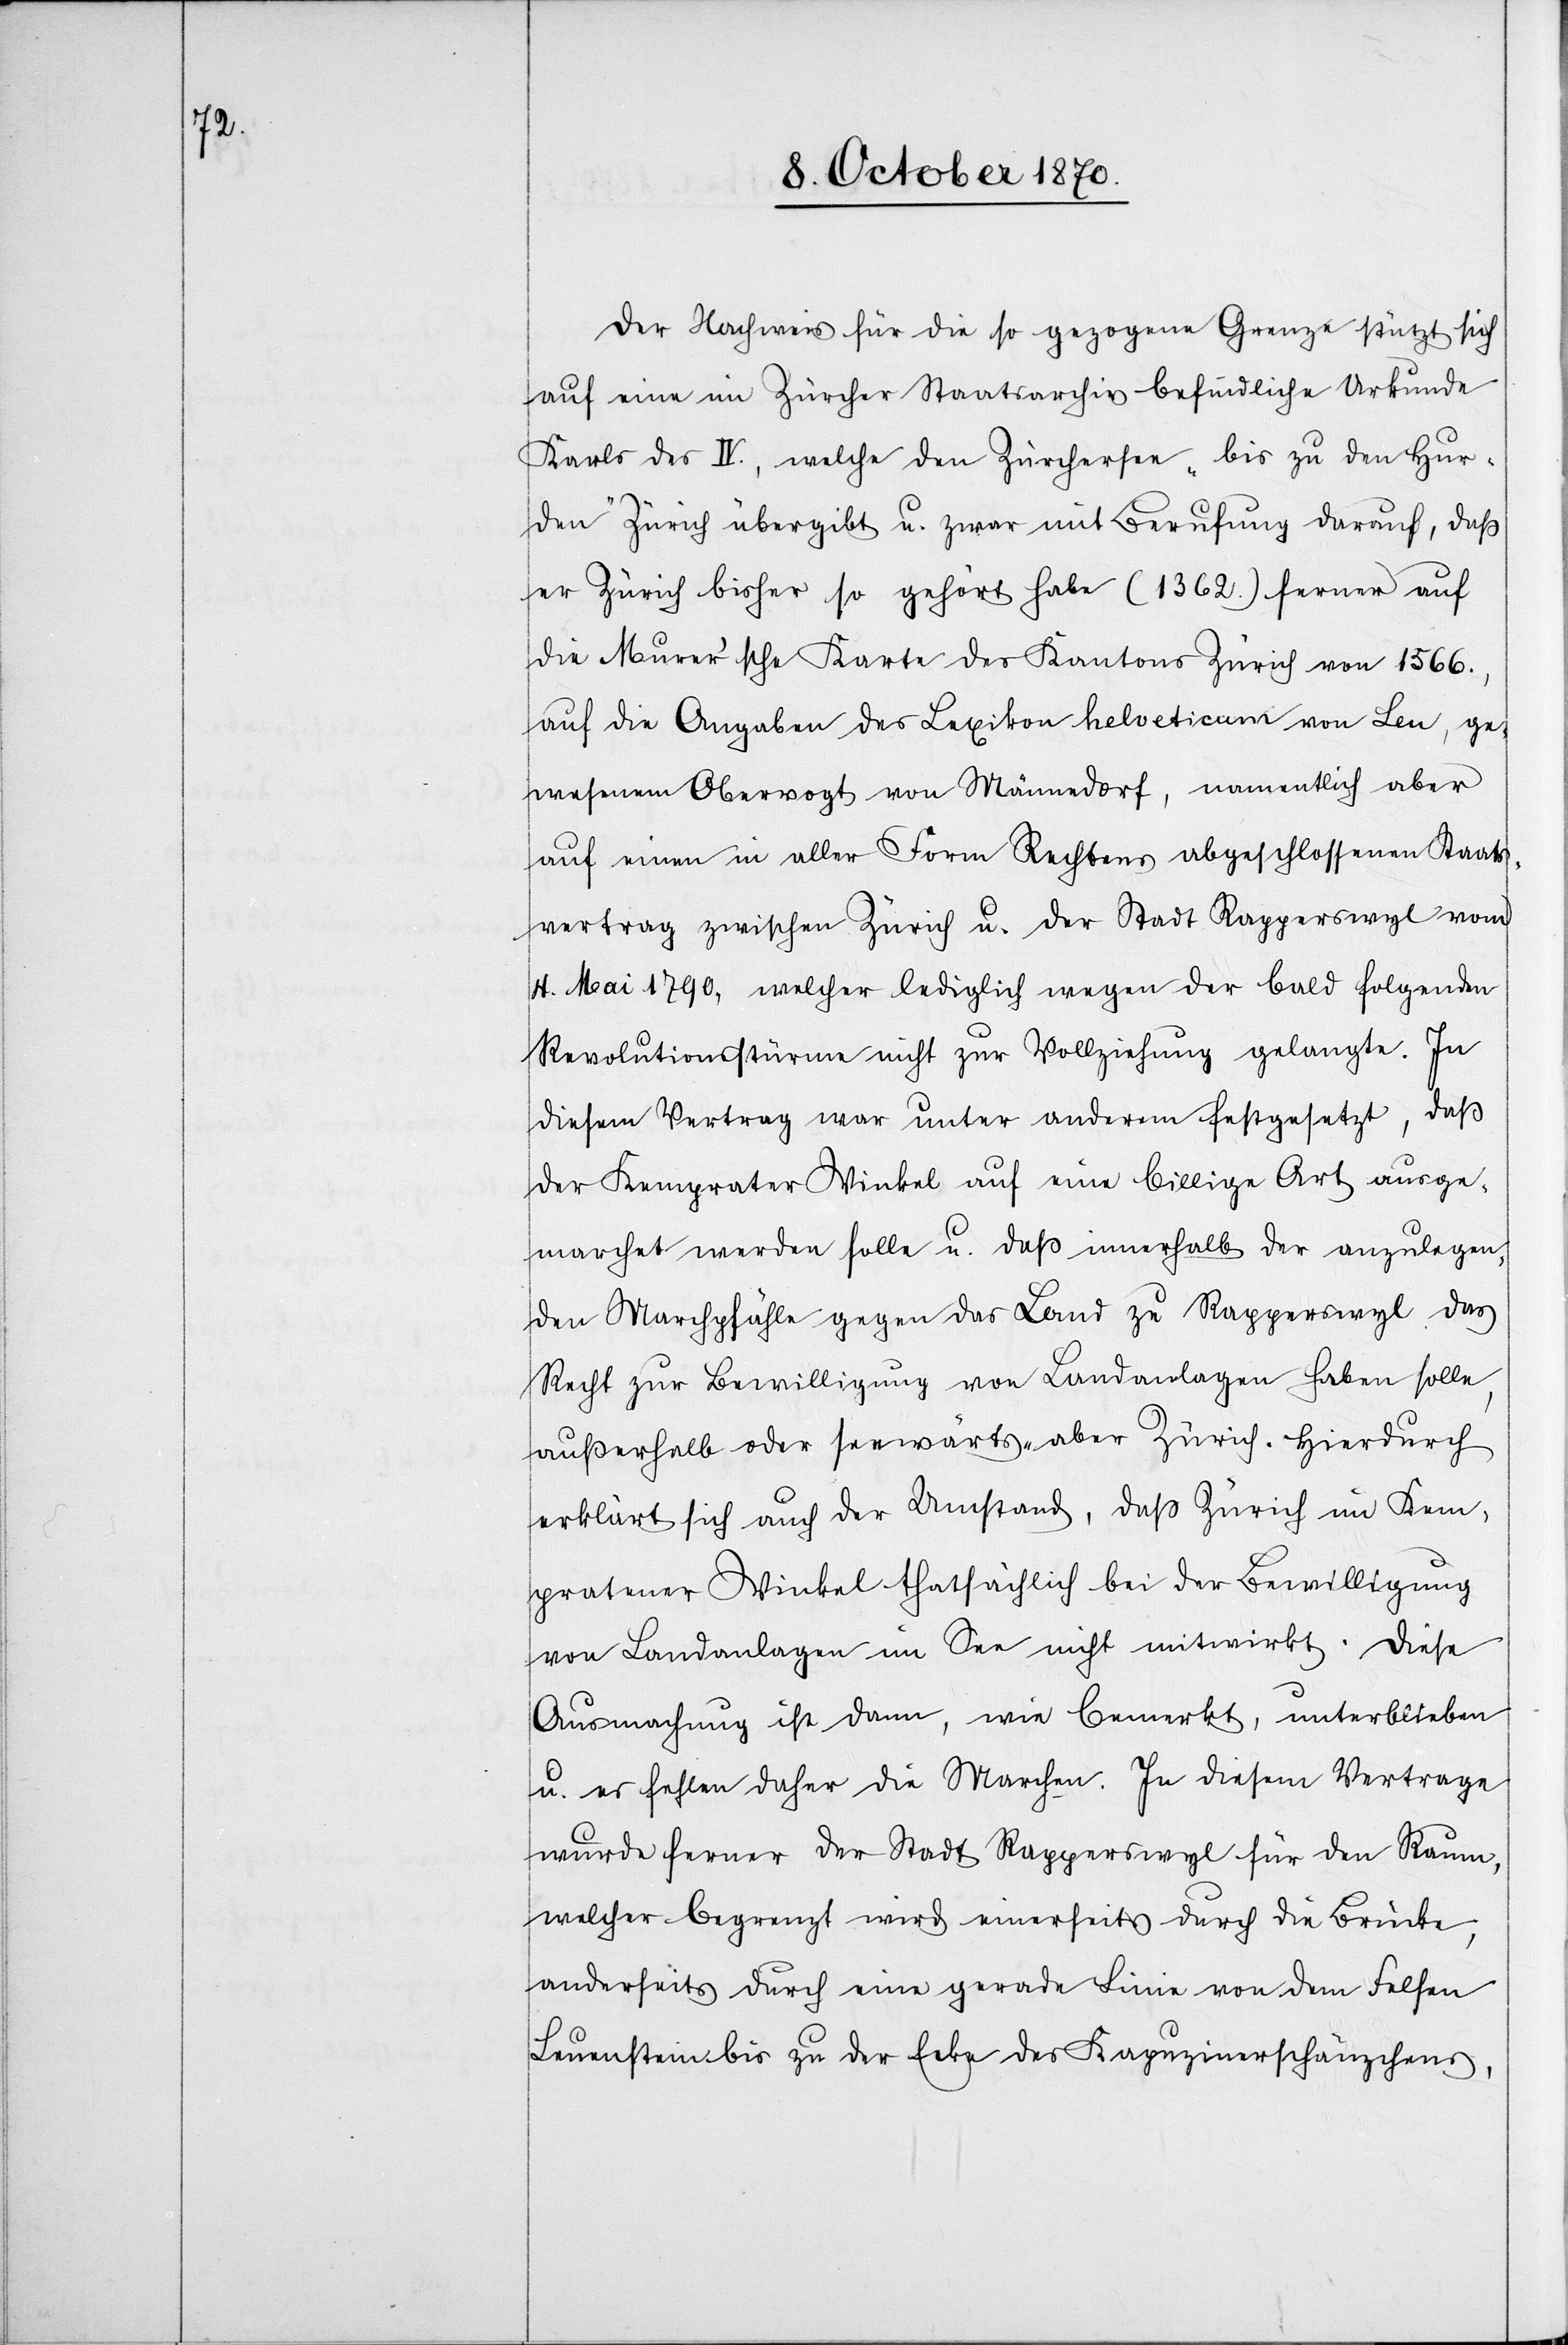
Der Nachweis für die so gezogene Grenze stützt sich
auf eine im Zürcher Staatsarchiv befindliche Urkunde
Karls des IV., welche den Zürchersee „bis zu den Hur¬
den“ Zürich übergibt u. zwar mit Berufung darauf, daß
er Zürich bisher so gehört habe (1362.) ferner auf
die Murer’sche Karte des Kantons Zürich von 1566.,
auf die Angaben des Lexikon helveticum von Leu, ge¬
wesenem Obervogt von Männedorf, namentlich aber
auf einen in aller Form Rechtens abgeschlossenen Staats¬
vertrag zwischen Zürich u. der Stadt Rapperswyl vom
4. Mai 1790, welcher lediglich wegen der bald folgenden
Revolutionsstürme nicht zur Vollziehung gelangte. In
diesem Vertrag war unter anderem festgesetzt, daß
der Kemprater Winkel auf eine billige Art ausge¬
marchet werden solle u. daß innerhalb der anzulegen¬
den Marchpfähle gegen das Land zu Rapperswyl das
Recht zur Bewilligung von Landanlagen haben solle,
außerhalb oder seewärts aber Zürich. Hierdurch
erklärt sich auch der Umstand, daß Zürich im Kem¬
pratener Winkel thatsächlich bei der Bewilligung
von Landanlagen im See nicht mitwirkt. Diese
Ausmachung ist dann, wie bemerkt, unterblieben
u. es fehlen daher die Marchen. In diesem Vertrage
wurde ferner der Stadt Rapperswyl für den Raum,
welcher begrenzt wird einerseits durch die Brücke,
anderseits durch eine gerade Linie von dem Felsen
Leuenstein bis zu der Ecke des Kapuzinerschänzchens,